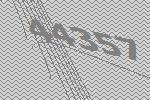
44357